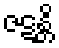
ဇဋန္တိ